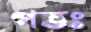
গভঃ